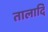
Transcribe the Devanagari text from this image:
तालादि